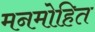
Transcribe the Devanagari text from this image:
मनमोहित